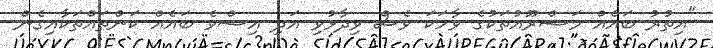
"އިތުރު ބައެއް މަޝްރޫއުތަކުގެ ވާހަކަ ވެސް ވިދާޅުވި އަދި އިސްވެ ބައެއް ކަންތައްތަކާއިގެން